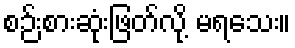
စဉ်းစားဆုံးဖြတ်လို့ မရသေး။